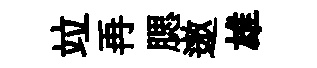
竝再腮遨雄